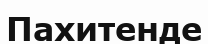
Пахитенде